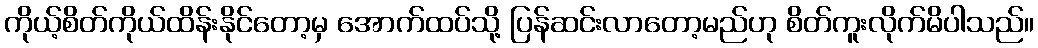
ကိုယ့်စိတ်ကိုယ်ထိန်းနိုင်တော့မှ အောက်ထပ်သို့ ပြန်ဆင်းလာတော့မည်ဟု စိတ်ကူးလိုက်မိပါသည်။